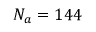
N _ { a } = 1 4 4